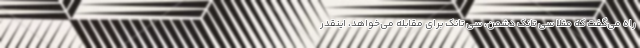
راه می‌گفت که مثلا سی تانک دشمن، سی تانک برای مقابله می‌خواهد، اینقدر